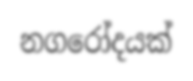
නගරෝදයක්